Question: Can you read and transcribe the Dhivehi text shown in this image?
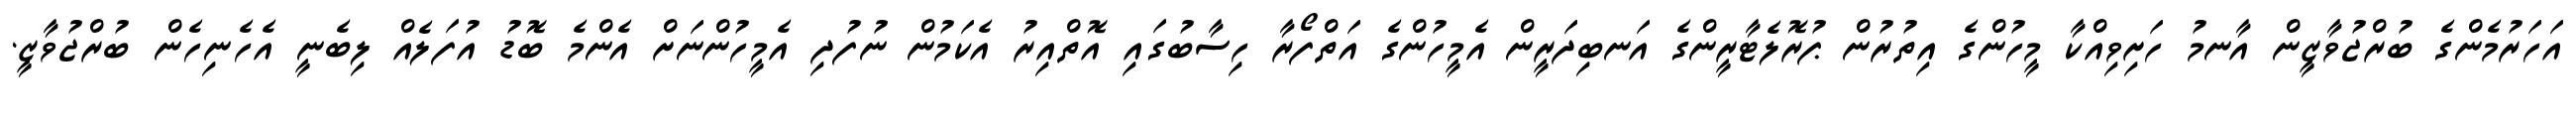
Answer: އަހަރުމެންގެ ބުރްޖުވާޒީން އާނމު ހަށިވިއްކާ މީހުންގެ އިތުރުން ޕުރޮލެޓާރީންގެ އަނބިދަރީން އެމީހުންގެ އަތްފޯރާ ހިސާބުގައި އޮތްއިރު އެކަމުން ނުފުދި އެމީހުންނަށް އެންމެ ބޮޑު އުފަލެއް ލިބެނީ އެހެނިހެން ބުރްޖުވާޒީ.